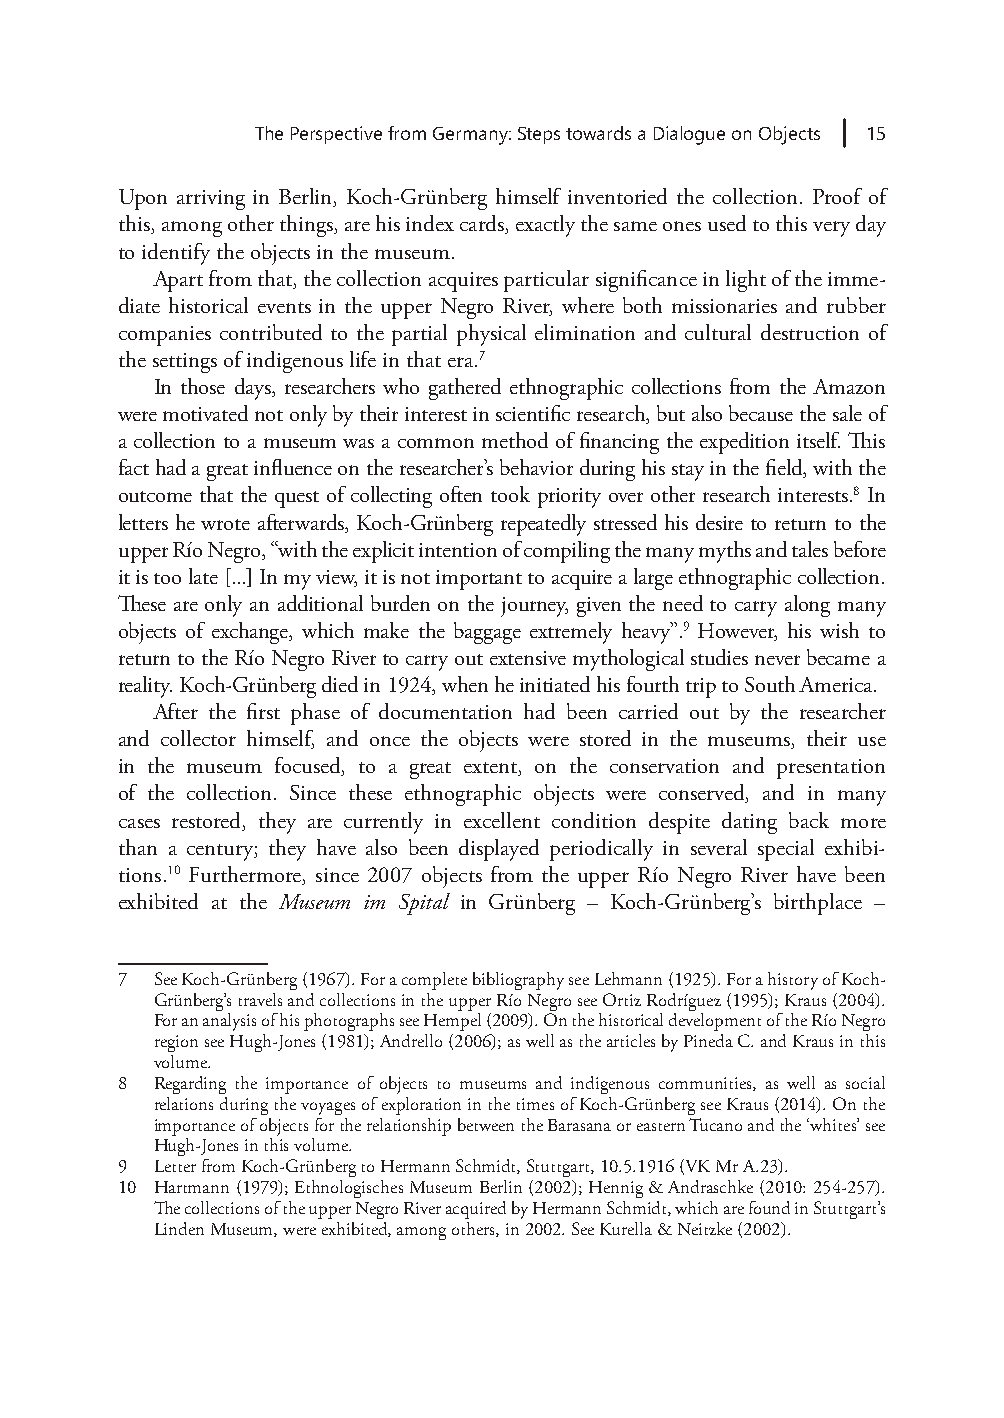
The Perspective from Germany: Steps towards a Dialogue on Objects 15
 Upon arriving in Berlin, Koch-Grünberg himself inventoried the collection. Proof of
 this, among other things, are his index cards, exactly the same ones used to this very day
 to identify the objects in the museum.
 Apart from that, the collection acquires particular significance in light of the imme-
 diate historical events in the upper Negro River, where both missionaries and rubber
 companies contributed to the partial physical elimination and cultural destruction of
 the settings of indigenous life in that era.7
 In those days, researchers who gathered ethnographic collections from the Amazon
 were motivated not only by their interest in scientific research, but also because the sale of
 a collection to a museum was a common method of financing the expedition itself. This
 fact had a great influence on the researcher’s behavior during his stay in the field, with the
 outcome that the quest of collecting often took priority over other research interests.8 In
 letters he wrote afterwards, Koch-Grünberg repeatedly stressed his desire to return to the
 upper Río Negro, “with the explicit intention of compiling the many myths and tales before
 it is too late [...] In my view, it is not important to acquire a large ethnographic collection.
 These are only an additional burden on the journey, given the need to carry along many
 objects of exchange, which make the baggage extremely heavy”.9 However, his wish to
 return to the Río Negro River to carry out extensive mythological studies never became a
 reality. Koch-Grünberg died in 1924, when he initiated his fourth trip to South America.
 After the first phase of documentation had been carried out by the researcher
 and collector himself, and once the objects were stored in the museums, their use
 in the museum focused, to a great extent, on the conservation and presentation
 of the collection. Since these ethnographic objects were conserved, and in many
 cases restored, they are currently in excellent condition despite dating back more
 than a century; they have also been displayed periodically in several special exhibi-
 tions.10 Furthermore, since 2007 objects from the upper Río Negro River have been
 exhibited at the Museum im Spital in Grünberg – Koch-Grünberg’s birthplace –
 7 See Koch-Grünberg (1967). For a complete bibliography see Lehmann (1925). For a history of Koch-
 Grünberg’s travels and collections in the upper Río Negro see Ortiz Rodríguez (1995); Kraus (2004).
 For an analysis of his photographs see Hempel (2009). On the historical development of the Río Negro
 region see Hugh-Jones (1981); Andrello (2006); as well as the articles by Pineda C. and Kraus in this
 volume.
 8 Regarding the importance of objects to museums and indigenous communities, as well as social
 relations during the voyages of exploration in the times of Koch-Grünberg see Kraus (2014). On the
 importance of objects for the relationship between the Barasana or eastern Tucano and the ‘whites’ see
 Hugh-Jones in this volume.
 9 Letter from Koch-Grünberg to Hermann Schmidt, Stuttgart, 10.5.1916 (VK Mr A.23).
 10 Hartmann (1979); Ethnologisches Museum Berlin (2002); Hennig & Andraschke (2010: 254-257).
 The collections of the upper Negro River acquired by Hermann Schmidt, which are found in Stuttgart’s
 Linden Museum, were exhibited, among others, in 2002. See Kurella & Neitzke (2002).